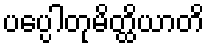
ပပ္ပေါတုမိတ္ထိယာတိ